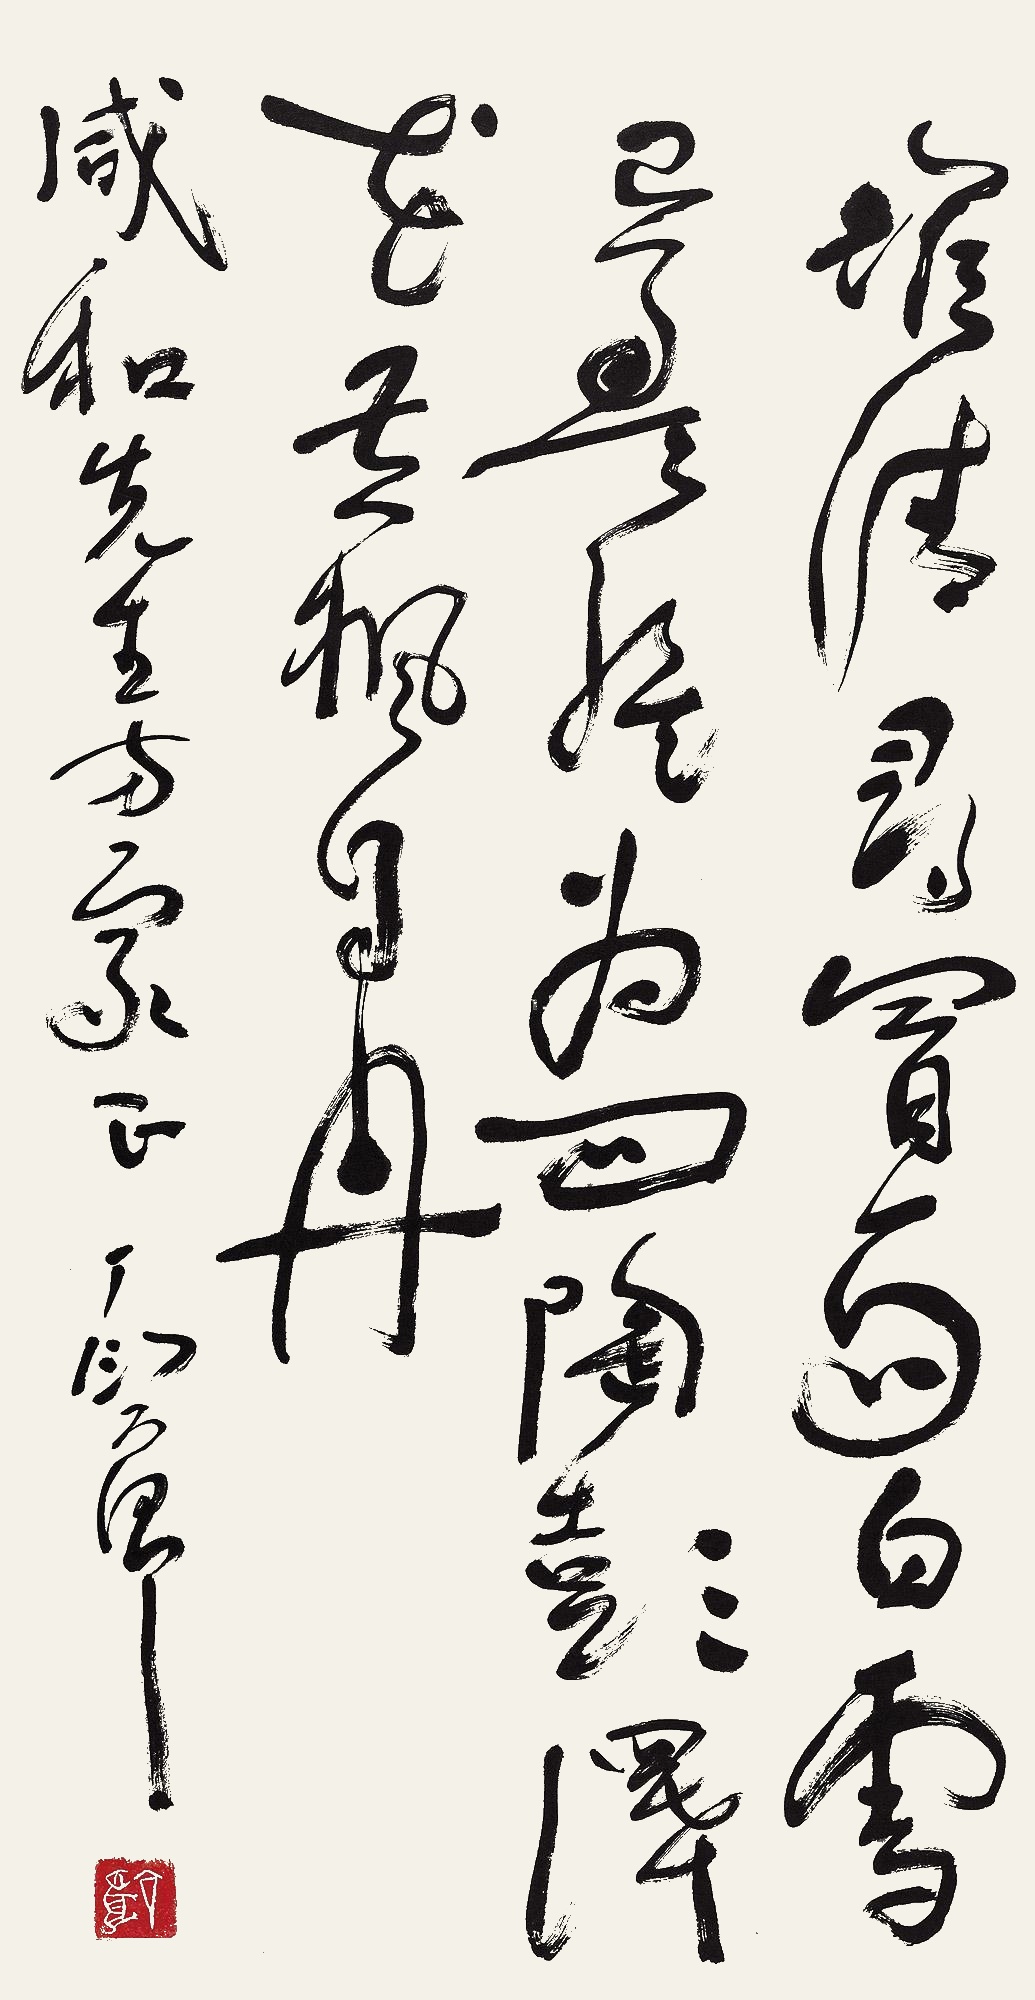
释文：堆清寻冒雨，白雪已盈盘。为问陶彭泽，花黄枫自丹。咸和先生方家正。丁衍庸。